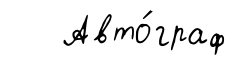
Авто́граф